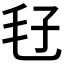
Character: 𣬥